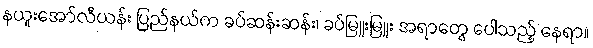
နယူးအော်လီယန်း ပြည်နယ်က ခပ်ဆန်းဆန်း၊ ခပ်မြူးမြူး အရာတွေ ပေါသည့် နေရာ။